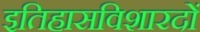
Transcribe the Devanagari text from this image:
इतिहासविशारदों